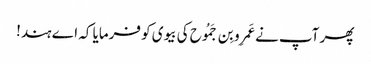
پھر آپ نے عَمرِو بِن جَمُوح کی بیوی کو فرمایا کہ اے ہند!